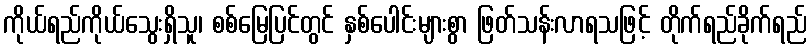
ကိုယ်ရည်ကိုယ်သွေးရှိသူ၊ စစ်မြေပြင်တွင် နှစ်ပေါင်းများစွာ ဖြတ်သန်းလာရသဖြင့် တိုက်ရည်ခိုက်ရည်